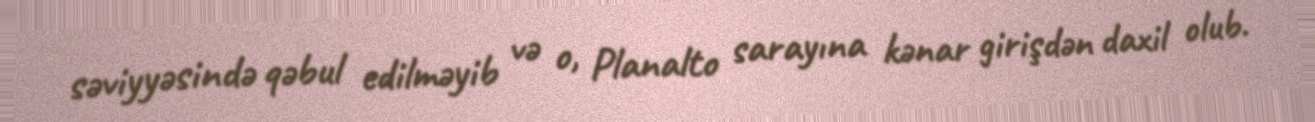
səviyyəsində qəbul edilməyib və o, Planalto sarayına kənar girişdən daxil olub.